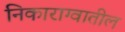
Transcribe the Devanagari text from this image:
निकाराग्वातील